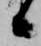
候